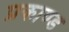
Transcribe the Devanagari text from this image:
प्रकाण्‍ड